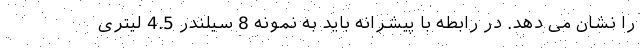
را نشان می دهد. در رابطه با پیشرانه باید به نمونه 8 سیلندر 4.5 لیتری